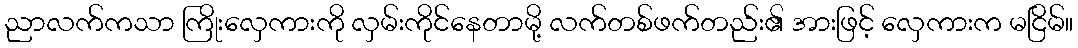
ညာလက်ကသာ ကြိုးလှေကားကို လှမ်းကိုင်နေတာမို့ လက်တစ်ဖက်တည်း၏ အားဖြင့် လှေကားက မငြိမ်။